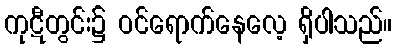
ကုဋီတွင်း၌ ဝင်ရောက်နေလေ့ ရှိပါသည်။